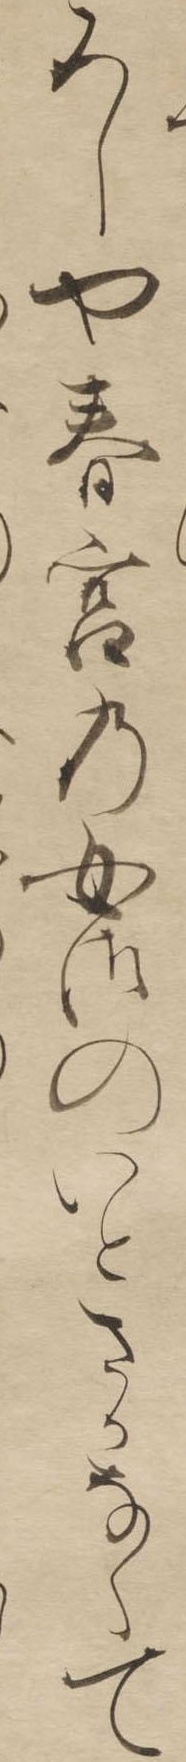
ろしや春宮の女御のいとさかなくて